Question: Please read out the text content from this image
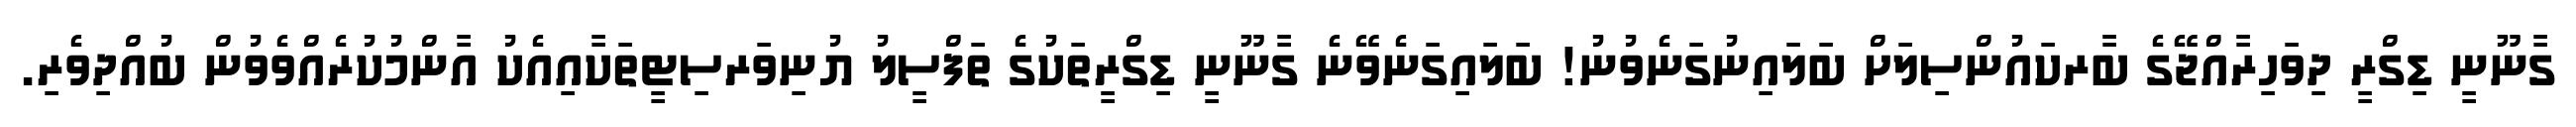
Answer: ގާނޫނީ ޑިގްރީ ދިވަހިރާއްޖޭގެ ބާރކައުންސިލަށް ބަލައިނުގަނެވުނު! ބަލައިގަނެވޭނެ ގާނޫނީ ޑިގްރީތަކުގެ ތަފްސީލު ޔުނިވަރސިޓީތަކާއިއެކު އާންމުކުރެއްވެވުން ބުއްދިވެރި.